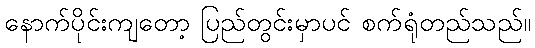
နောက်ပိုင်းကျတော့ ပြည်တွင်းမှာပင် စက်ရုံတည်သည်။